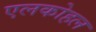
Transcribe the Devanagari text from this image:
एलकोहल